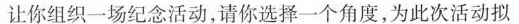
让你组织一场纪念活动，请你选择一个角度，为此次活动拟